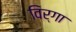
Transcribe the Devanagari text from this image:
विर्गा